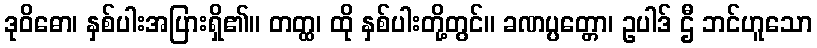
ဒုဝိဓော၊ နှစ်ပါးအပြားရှိ၏။ တတ္ထ၊ ထို နှစ်ပါးတို့တွင်။ ခဏပ္ပတ္တော၊ ဥပါဒ် ဌီ ဘင်ဟူသော